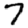
Digit: 7